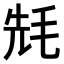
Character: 𣭡